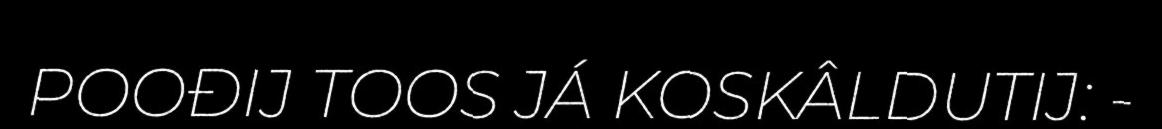
POOĐIJ TOOS JÁ KOSKÂLDUTIJ: -